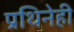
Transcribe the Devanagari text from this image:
प्रथिनेही